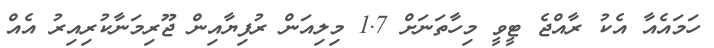
ހަމައެއާ އެކު ރާއްޖެ ޓީވީ މިހާތަނަށް 1.7 މިލިއަން ރުފިޔާއިން ޖޫރިމަނާކުރިއިރު އެއް